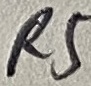
Text: R5